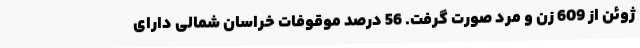
ژوئن از 609 زن و مرد صورت گرفت. 56 درصد موقوفات خراسان شمالی دارای